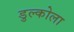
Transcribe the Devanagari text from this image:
डुल्कोला